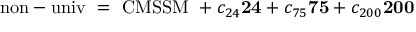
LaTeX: \mathrm { \mathrm { n o n - u n i v } \ = \ C M S S M } \ + c _ { 2 4 } { \bf 2 4 } + c _ { 7 5 } { \bf 7 5 } + c _ { 2 0 0 } { \bf 2 0 0 }